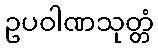
ဥပဝါဏသုတ္တံ